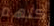
كلهم